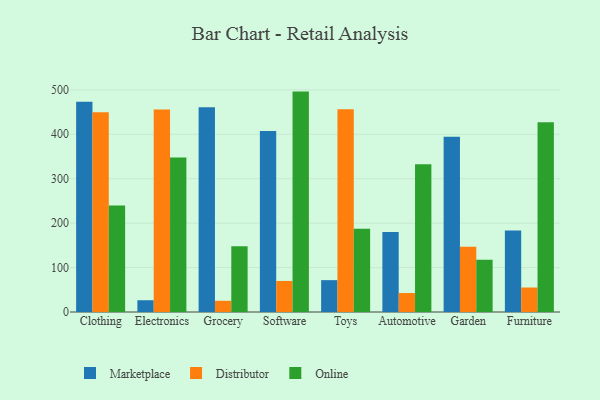
{"axis": {"x": "Category", "y": "Customer Acquisition Cost (USD)"}, "legend": ["Distributor", "Marketplace", "Online"], "data": [{"x": "Clothing", "y": 473.5, "type": "Marketplace"}, {"x": "Clothing", "y": 449.9, "type": "Distributor"}, {"x": "Clothing", "y": 239.5, "type": "Online"}, {"x": "Electronics", "y": 26.5, "type": "Marketplace"}, {"x": "Electronics", "y": 456.0, "type": "Distributor"}, {"x": "Electronics", "y": 347.7, "type": "Online"}, {"x": "Grocery", "y": 461.1, "type": "Marketplace"}, {"x": "Grocery", "y": 25.2, "type": "Distributor"}, {"x": "Grocery", "y": 147.9, "type": "Online"}, {"x": "Software", "y": 407.6, "type": "Marketplace"}, {"x": "Software", "y": 69.9, "type": "Distributor"}, {"x": "Software", "y": 496.1, "type": "Online"}, {"x": "Toys", "y": 71.7, "type": "Marketplace"}, {"x": "Toys", "y": 456.2, "type": "Distributor"}, {"x": "Toys", "y": 187.5, "type": "Online"}, {"x": "Automotive", "y": 180.2, "type": "Marketplace"}, {"x": "Automotive", "y": 42.7, "type": "Distributor"}, {"x": "Automotive", "y": 332.8, "type": "Online"}, {"x": "Garden", "y": 394.2, "type": "Marketplace"}, {"x": "Garden", "y": 146.8, "type": "Distributor"}, {"x": "Garden", "y": 117.7, "type": "Online"}, {"x": "Furniture", "y": 183.3, "type": "Marketplace"}, {"x": "Furniture", "y": 55.1, "type": "Distributor"}, {"x": "Furniture", "y": 427.1, "type": "Online"}]}